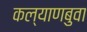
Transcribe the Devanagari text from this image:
कल्याणबुवा